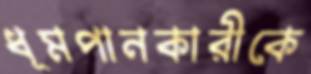
ধূমপানকারীকে